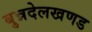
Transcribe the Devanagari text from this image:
बुन्नदेलखणड